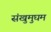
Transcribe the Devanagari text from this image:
संखुमुघम